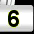
Digit: 3